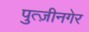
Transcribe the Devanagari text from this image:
पुत्ज़ीनगेर